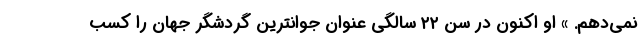
نمی‌دهم. » او اکنون در سن ۲۲ سالگی عنوان جوانترین گردشگر جهان را کسب